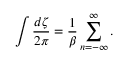
\int { \frac { d \zeta } { 2 \pi } } = { \frac { 1 } { \beta } } \sum _ { n = - \infty } ^ { \infty } .